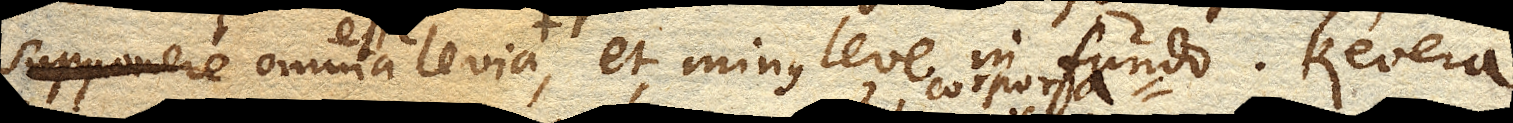
supponere omnia levia, et minus leve in fundo. Revera